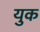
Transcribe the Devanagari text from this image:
युक